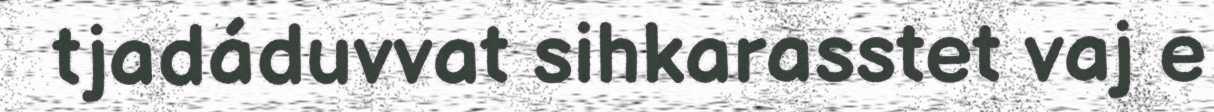
tjadáduvvat sihkarasstet vaj e